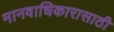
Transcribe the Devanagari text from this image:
मानवाधिकारासाठी